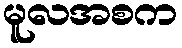
မူလအစက